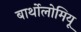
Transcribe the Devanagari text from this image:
बार्थोलोमियू